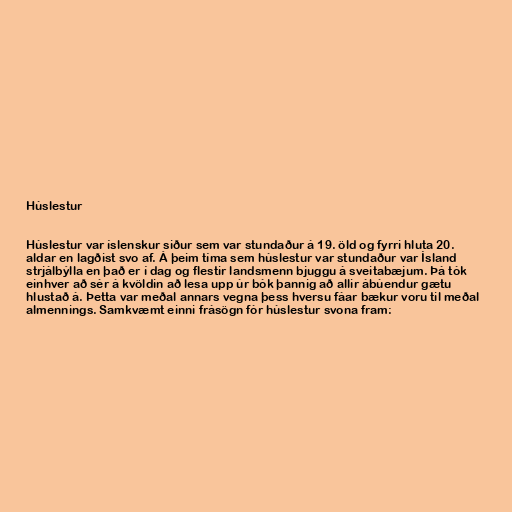
Húslestur

Húslestur var íslenskur siður sem var stundaður á 19. öld og fyrri hluta 20.
aldar en lagðist svo af. Á þeim tíma sem húslestur var stundaður var Ísland
strjálbýlla en það er í dag og flestir landsmenn bjuggu á sveitabæjum. Þá tók
einhver að sér á kvöldin að lesa upp úr bók þannig að allir ábúendur gætu
hlustað á. Þetta var meðal annars vegna þess hversu fáar bækur voru til meðal
almennings. Samkvæmt einni frásögn fór húslestur svona fram: